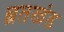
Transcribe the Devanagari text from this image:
ब्रतखंड